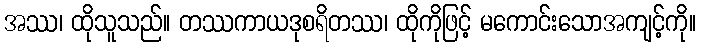
အဿ၊ ထိုသူသည်။ တဿကာယဒုစရိတဿ၊ ထိုကိုဖြင့် မကောင်းသောအကျင့်ကို။